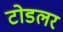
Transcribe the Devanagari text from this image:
टोडलर